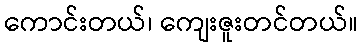
ကောင်းတယ်၊ ကျေးဇူးတင်တယ်။